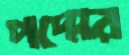
পদ্মের